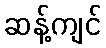
ဆန့်ကျင်